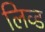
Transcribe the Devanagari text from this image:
लिव्‍ड